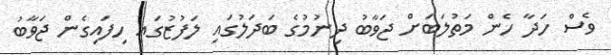
ވެސް ހަދާ ހެން މަތުލަބަށް ޖަވާބު ދިނުމުގެ ބަދަލުގައި ލަފުޒުގައި ހިފައިގެން ޖަވާބު